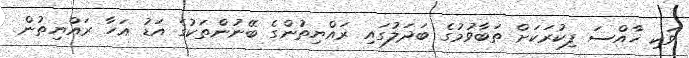
ވަކި ޚާއްސަ ފިކުރަކަށް ތަބާވުމުގެ ބަދަލުގައި ރައްޔިތުންގެ ބޭނުންތަކުގެ އަޑު އަހާ ރައްޔިތުން